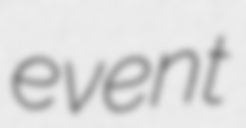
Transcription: event